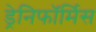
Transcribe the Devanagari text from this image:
ड्रेनिफॉर्मिस